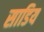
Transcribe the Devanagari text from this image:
साडिय